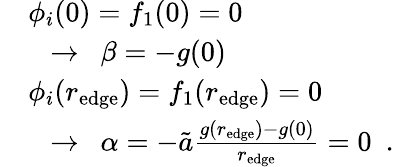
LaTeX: \begin{array}{rl}&{\phi_{i}(0)=f_{1}(0)=0}\\ &{~~\rightarrow~~\beta=-g(0)}\\ &{\phi_{i}(r_{\textrm{edge}})=f_{1}(r_{\textrm{edge}})=0}\\ &{~~\rightarrow~~\alpha=-\tilde{a}\frac{g(r_{\textrm{edge}})-g(0)}{r_{\textrm{edge}}}=0~~.}\end{array}